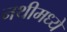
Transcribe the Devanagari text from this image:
नथीमध्ये